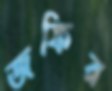
জফির